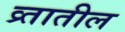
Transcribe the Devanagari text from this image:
व्र्तातील